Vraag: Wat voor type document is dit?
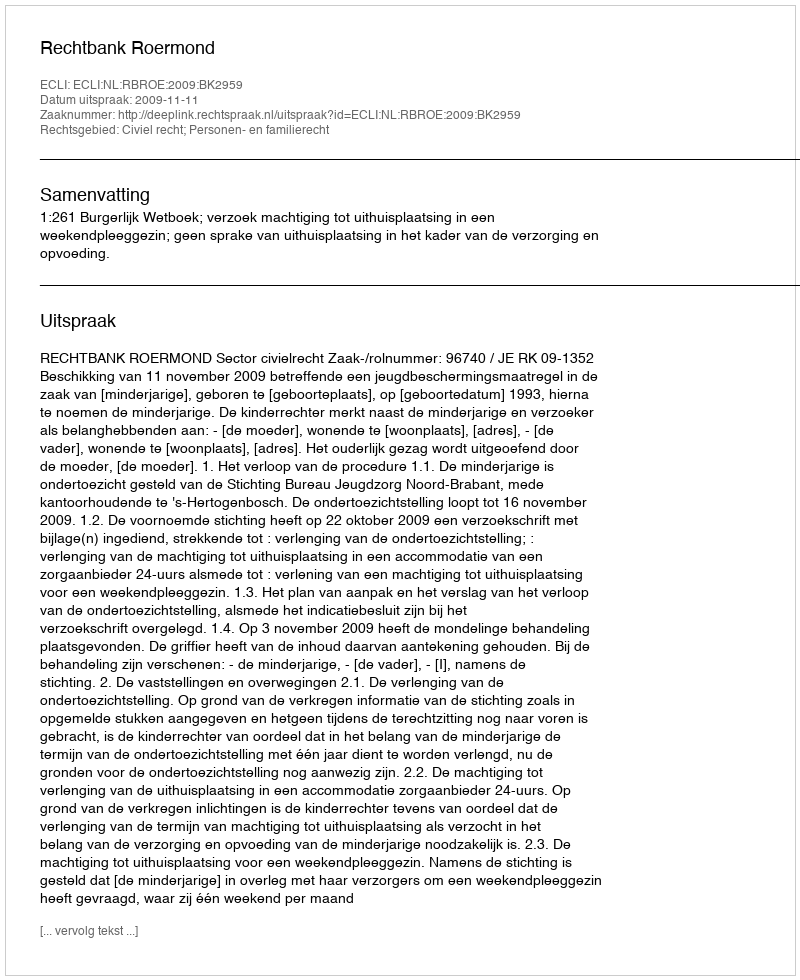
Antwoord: Uitspraak